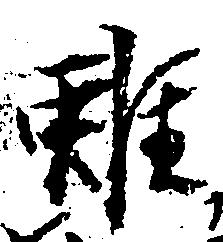
雖